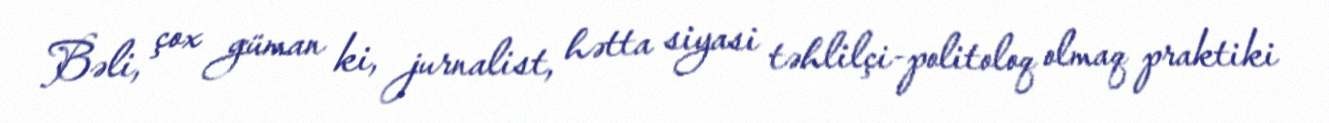
Bəli, çox güman ki, jurnalist, hətta siyasi təhlilçi-politoloq olmaq praktiki